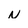
Character: N